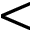
<